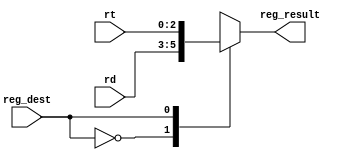
module regfilemux(
    input reg_dest,
    input [2:0] rt, rd,
    output reg [2:0] reg_result //write register
);

always @(*)
begin
    case (reg_dest)
    1'b0: reg_result = rd; //Sets the write register to rd
    1'b1: reg_result = rt; //Sets the write register to rt
    endcase

end

endmodule